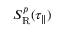
S _ { \mathrm { { R } } } ^ { p } ( \tau _ { \parallel } )